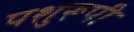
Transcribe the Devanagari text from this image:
पशुरूपी